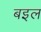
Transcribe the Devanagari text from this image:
बइल